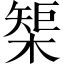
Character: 榘